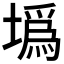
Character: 𡐮